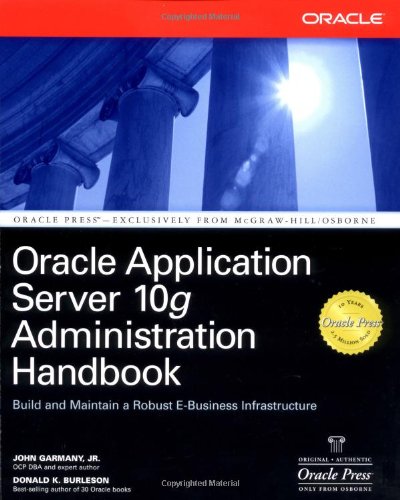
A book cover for Oracle Application Server 10g Administration Handbook (Osborne ORACLE Press Series); John Garmany; Computers & Technology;